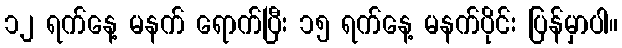
၁၂ ရက်နေ့ မနက် ရောက်ပြီး ၁၅ ရက်နေ့ မနက်ပိုင်း ပြန်မှာပါ။